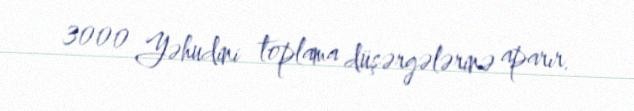
3000 Yəhudini toplama düşərgələrinə aparır.